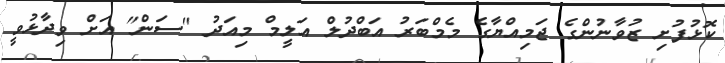
ކޮޅުފުށި ޒުވާނުންގެ ޖަމިއްޔާގެ މެމްބަރު އަބްދުލް އަލީމް މިއަދު "ސަން" އަށް ވިދާޅުވީ